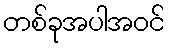
တစ်ခုအပါအဝင်